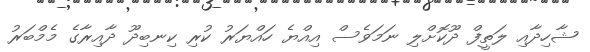
ޝާހިދާއި ލަތީފް ދޫކޮށްލި ނަމަވެސް އިއްޔެ ހައްޔަރު ކުރި ކިނބިދޫ ދާއިރާގެ މެމްބަރު